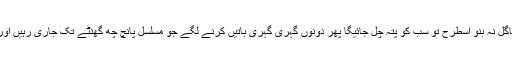
ریاض بڑی بے صبری سے بولا، پاگل نہ بنو اسطرح تو سب کو پتہ چل جائیگا پھر دونوں گہری گہری باتیں کرنے لگے جو مسلسل پانچ چھ گھنٹے تک جاری رہیں اور زاہدہ مسلسل شرمائے جا رہی تھی۔